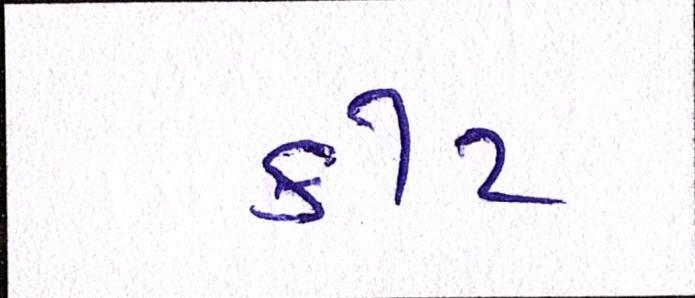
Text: કીટ